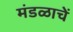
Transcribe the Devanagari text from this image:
मंडळाचें